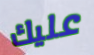
عليك